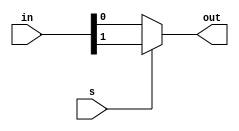
module twobitmux(in, s, out);
	input wire[1: 0] in;
	input wire s;
	output wire out;
	assign out = s == 1'b0 ? in[0] : s == 1'b1 ? in[1] : 1'b0;
endmodule